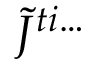
\tilde { J } ^ { t i \ldots }